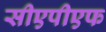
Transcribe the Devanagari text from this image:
सीएपीएफ